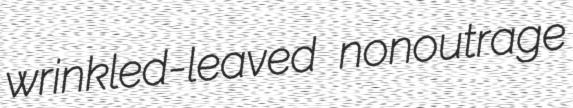
wrinkled-leaved nonoutrage